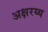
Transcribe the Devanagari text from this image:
अक्षरय्य